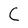
Character: C